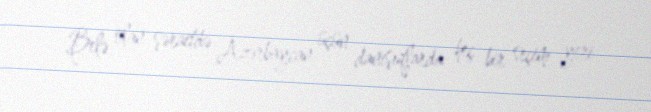
Belə olan şəraitdə Azərbaycan üçün danışıqlarda heç bir seçim yeri